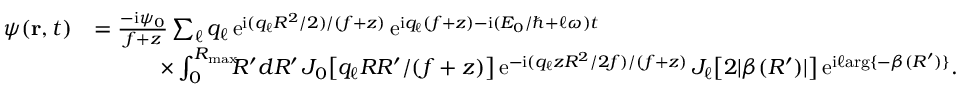
\begin{array} { r l } { \psi ( { \bf r } , t ) } & { = \frac { - \mathrm { i } \psi _ { 0 } } { f + z } \sum _ { \ell } q _ { \ell } \, \mathrm { e } ^ { \mathrm { i } ( q _ { \ell } R ^ { 2 } / 2 ) / ( f + z ) } \, \mathrm { e } ^ { \mathrm { i } q _ { \ell } ( f + z ) - \mathrm { i } ( E _ { 0 } / \hbar + \ell \omega ) t } } \\ & { \quad \quad \quad \times \int _ { 0 } ^ { R _ { \mathrm { m a x } } } \! \! \! R ^ { \prime } d R ^ { \prime } \, J _ { 0 } \big [ q _ { \ell } R R ^ { \prime } / ( f + z ) \big ] \, \mathrm { e } ^ { - \mathrm { i } ( q _ { \ell } z R ^ { 2 } / 2 f ) / ( f + z ) } \, J _ { \ell } \big [ 2 | \beta ( R ^ { \prime } ) | \big ] \, \mathrm { e } ^ { \mathrm { i } \ell \mathrm { a r g } \{ - \beta ( R ^ { \prime } ) \} } . } \end{array}